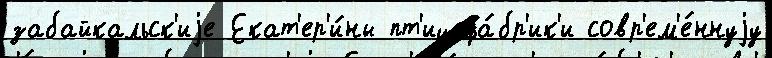
забайкальск'иjе Екат'ер'и́ны пт'ицефа́бр'ик'и совр'ем'е́ннуjу